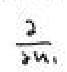
$\frac{2}{3u_{1}}$